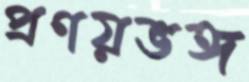
প্রণয়ভঙ্গ